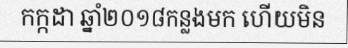
កក្កដា ឆ្នាំ២០១៨កន្លងមក ហើយមិន